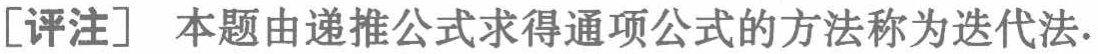
[评注] 本题由递推公式求得通项公式的方法称为迭代法.